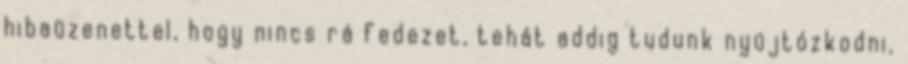
hibaüzenettel, hogy nincs rá fedezet, tehát addig tudunk nyújtózkodni,